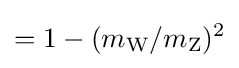
=1-(m_{\text{W}}/m_{\text{Z}})^{2}